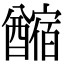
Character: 𨣡